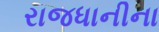
રાજધાનીના